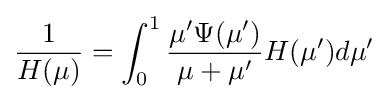
{\frac {1}{H(\mu )}}=\int _{0}^{1}{\frac {\mu '\Psi (\mu ')}{\mu +\mu '}}H(\mu ')d\mu '